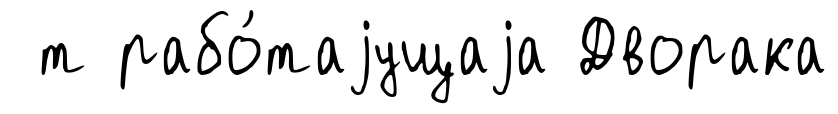
т рабо́таjущаjа Дворака